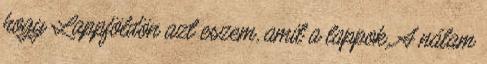
hogy Lappföldön azt eszem, amit a lappok. A nálam